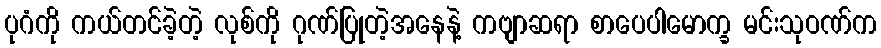
ပုဂံကို ကယ်တင်ခဲ့တဲ့ လုစ်ကို ဂုဏ်ပြုတဲ့အနေနဲ့ ကဗျာဆရာ စာပေပါမောက္ခ မင်းသုဝဏ်က